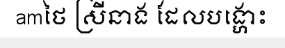
amថៃ ស្រីនាង ដែលបង្ហោះ